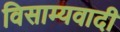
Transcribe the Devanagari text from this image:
विसाम्यवादी